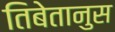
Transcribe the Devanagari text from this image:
तिबेतानुस